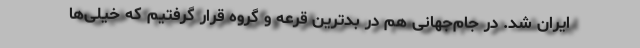
ایران شد. در جام‌جهانی هم در بدترین قرعه و گروه قرار گرفتیم که خیلی‌ها